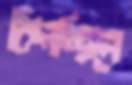
কিলচ্ছিলে